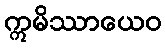
ဣမိဿာယေဝ